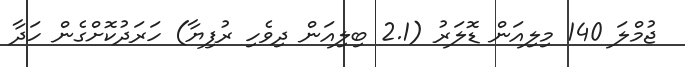
ޖުމްލަ 140 މިލިއަން ޑޮލަރު (2.1 ބިލިއަން ދިވެހި ރުފިޔާ) ހަރަދުކޮށްގެން ހަދާ